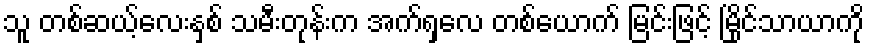
သူ တစ်ဆယ့်လေးနှစ် သမီးတုန်းက အက်ရှလေ တစ်ယောက် မြင်းဖြင့် မြိုင်သာယာကို